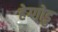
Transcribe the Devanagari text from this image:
हेग्गोडु